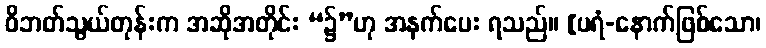
ဝိဘတ်သွယ်တုန်းက အဆိုအတိုင်း “၌”ဟု အနက်ပေး ရသည်။ [ပရံ-နောက်ဖြစ်သော၊